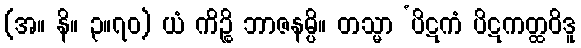
(အ။ နိ။ ၃။၇၀) ယံ ကိဉ္စိ ဘာဇနမ္ပိ။ တသ္မာ ‘ပိဋကံ ပိဋကတ္ထဝိဒူ